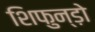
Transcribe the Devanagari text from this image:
शिफुन्ड़ो